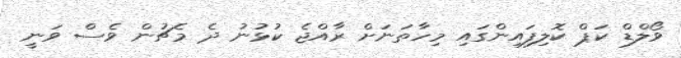
ވޯލްޑް ކަޕް ކޮލިފައިންގައި މިހާތަނަށް ރާއްޖެ ކުޅުނު ދެ މެޗުން ވެސް ވަނީ